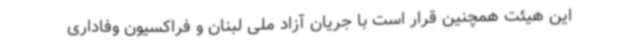
این هیئت همچنین قرار است با جریان آزاد ملی لبنان و فراکسیون وفاداری